Report on horse surra - Volume II, Part II
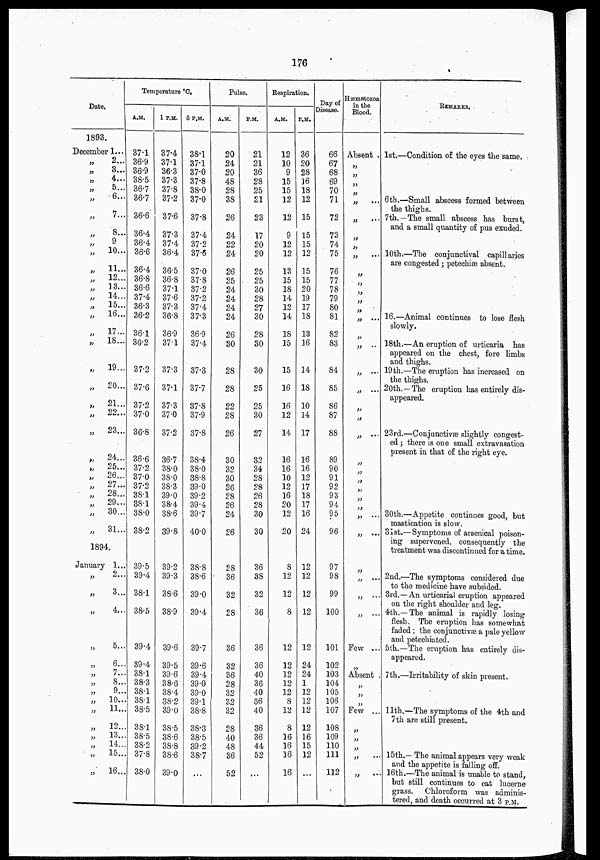
176
Date.
1893.
December 1...
„
„
„
„
„
„
„
„
„
„
„
„
„
„
„
„
„
„
„
„
„
„
„
„
„
„
„
„
„
„
2...
3...
4...
5...
6...
7...
8...
9
10...
11...
12...
13...
14...
15...
16...
17...
18...
19...
20...
21...
22...
23...
24...
25...
26...
27...
28...
29...
30...
31...
1894.
January 1...
„
„
„
„
„
„
„
„
„
„
„
„
„
„
„
2...
3...
4...
5...
6...
7...
8...
9...
10...
11...
12...
13...
14...
15...
16...
Temperature °C.
A.M.
37.1
36.9
36.9
38.5
36.7
36.7
36.6
36.4
36.4
36.6
36.4
36.8
36.6
37.4
36.3
36.2
36.1
36.2
37.2
37.6
37.2
37.0
36.8
36.6
37.2
37.0
37.2
38.1
38.1
38.0
38.2
39.5
39.4
38.1
38.5
39.4
39.4
38.1
38.3
38.1
38.1
38.5
38.1
38.5
38.2
37.8
38.0
1 P.M.
37.4
37.1
36.3
37.3
37.8
37.2
37.6
37.3
37.4
36.4
36.5
36.8
37.1
37.6
37.3
36.8
36.9
37.1
37.3
37.1
37.3
37.0
37.2
36.7
38.0
38.0
38.3
39.0
38.4
38.6
39.8
39.2
39.3
38.6
38.9
39.6
39.5
39.6
38.6
38.4
38.2
39.0
38.5
38.6
38.8
38.6
39.0
5 P.M.
38.1
37.1
37.0
37.8
38.0
37.0
37.8
37.4
37.2
37.6
37.0
37.8
37.2
37.2
37.4
37.3
36.9
37.4
37.3
37.7
37.8
37.9
37.8
38.4
38.0
38.8
39.0
39.2
39.4
39.7
40.0
38.8
38.6
39.0
39.4
39.7
39.6
39.4
39.0
39.0
39.1
38.8
38.3
38.5
39.2
38.7
...
Pulse.
A.M.
20
24
20
48
28
38
26
24
22
24
26
25
24
24
24
24
26
30
28
28
22
28
26
30
32
30
26
28
26
24
26
28
36
32
28
36
32
36
28
32
32
32
28
40
48
36
52
P.M.
21
21
36
28
25
21
23
17
20
20
25
25
30
28
27
30
28
30
30
25
25
30
27
32
34
28
28
26
28
30
30
36
38
32
36
36
36
40
36
40
36
40
36
36
44
52
...
Respiration.
A.M.
12
10
9
15
15
12
12
9
12
12
13
15
18
14
12
14
18
15
15
16
16
12
14
16
16
10
12
16
20
12
20
8
12
12
8
12
12
12
12
12
8
12
8
16
16
16
16
P.M.
36
20
28
36
18
12
15
15
15
12
15
15
20
19
17
18
13
16
14
18
10
14
17
16
16
12
17
18
17
16
24
12
12
12
12
12
24
24
1
12
12
12
12
16
15
12
...
Day of
Disease.
66
67
68
69
70
71
72
73
74
75
76
77
78
79
80
81
82
83
84
85
86
87
88
89
90
91
92
93
94
95
96
97
98
99
100
101
102
103
104
105
106
107
108
109
110
111
112
Hæmatozoa
in the
Blood.
Absent .
„
„
„
„
„ ...
„ ...
„
„
„ ...
„
„
„
„
„
„ ...
„
„ ...
„ ...
„ ...
„
„
„ ...
„
„
„
„
„
„
„ ...
„ ...
„
„ ...
„
„ ...
Few ..
„
Absent
„
„
„
Few ..
„
„
„
„ ...
„ ...
REMARKS.
1st.—Condition of the eyes the same.
6th.—Small abscess formed between
the thighs.
7th.—The small abscess has burst,
and a small quantity of pus exuded.
10th.—The conjunctival capillaries
are congested ; petechiæ absent.
16th.—Animal continues to lose flesh
slowly.
18th.—An eruption of urticaria has
appeared on the chest, fore limbs
and thighs.
19th.—The eruption has increased on
the thighs.
20th.— The eruption has entirely dis-
appeared.
23rd.—Conjunctivæ slightly congest-
ed ; there is one small extravasation
present in that of the right eye.
30th.—Appetite continues good, but
mastication is slow.
31st.—Symptoms of arsenical poison-
ing supervened, consequently the
treatment was discontinued for a time.
2nd.—The symptoms considered due
to the medicine have subsided.
3rd.— An urticarial eruption appeared
on the right shoulder and leg.
4th.—The animal is rapidly losing
flesh. The eruption has somewhat
faded ; the conjunctivæ a pale yellow
and petechiated.
5th.—The eruption has entirely dis-
appeared.
7th.—Irritability of skin present.
11th.—The symptoms of the 4th and
7th are still present.
15th.— The animal appears very weak
and the appetite is falling off.
16th.—The animal is unable to stand,
but still continues to eat lucerne
grass. Chloroform was adminis-
tered, and death occurred at 3 P.M.